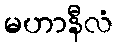
မဟာနီလံ